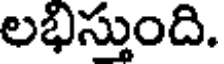
లభిస్తుంది.